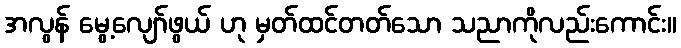
အလွန် မွေ့လျော်ဖွယ် ဟု မှတ်ထင်တတ်သော သညာကိုလည်းကောင်း။